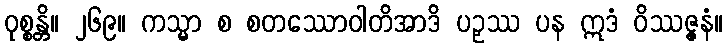
ဝုစ္စန္တိ။ ၂၆၉။ ကသ္မာ စ စတဿောဝါတိအာဒိ ပဉှဿ ပန ဣဒံ ဝိဿဇ္ဇနံ။